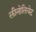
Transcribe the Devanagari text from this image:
लीनोलियेट